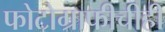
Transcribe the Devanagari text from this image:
फोटोग्राफीचीही